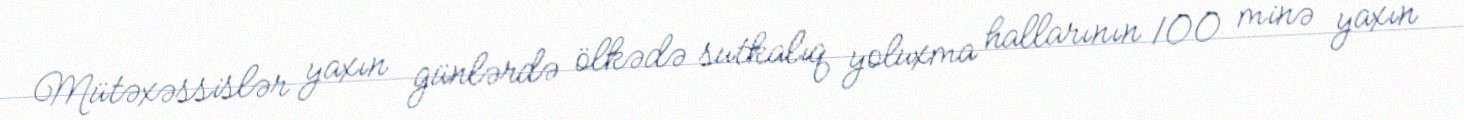
Mütəxəssislər yaxın günlərdə ölkədə sutkalıq yoluxma hallarının 100 minə yaxın